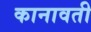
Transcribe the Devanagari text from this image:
कानावती